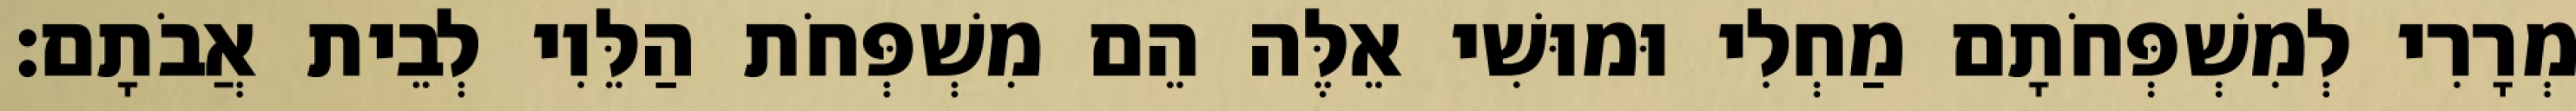
מְרָרִי לְמִשְׁפְּחֹתָם מַחְלִי וּמוּשִׁי אֵלֶּה הֵם מִשְׁפְּחֹת הַלֵּוִי לְבֵית אֲבֹתָם׃